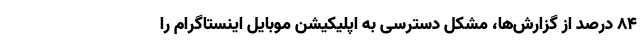
۸۴ درصد از گزارش‌ها، مشکل دسترسی به اپلیکیشن موبایل اینستاگرام را